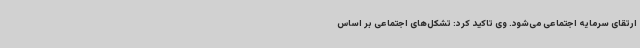
ارتقای سرمایه اجتماعی می‌شود. وی تاکید کرد: تشکل‌های اجتماعی بر اساس